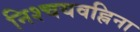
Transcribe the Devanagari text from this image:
निश्चयवह्निना